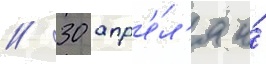
/ 30 апр'е́л'я и́